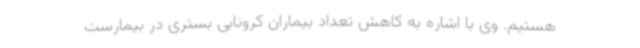
هستیم. وی با اشاره به کاهش تعداد بیماران کرونایی بستری در بیمارست